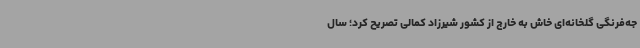
جه‌فرنگی گلخانه‌ای خاش به خارج از کشور شیرزاد کمالی تصریح کرد؛ سال